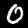
Digit: 0